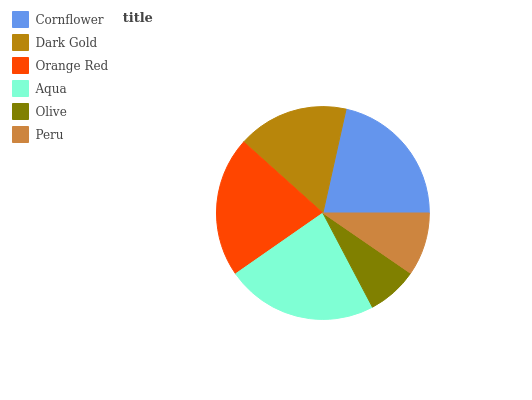
| Cornflower | Dark Gold | Orange Red | Aqua | Olive | Peru |
 | --- | --- | --- | --- | --- | --- |
 | 21.5% | 16.9% | 21.3% | 23.1% | 7.7% | 9.59% |